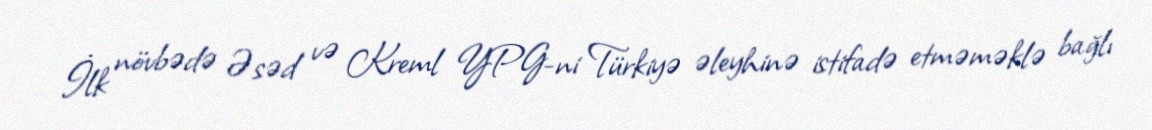
İlk növbədə Əsəd və Kreml YPG-ni Türkiyə əleyhinə istifadə etməməklə bağlı